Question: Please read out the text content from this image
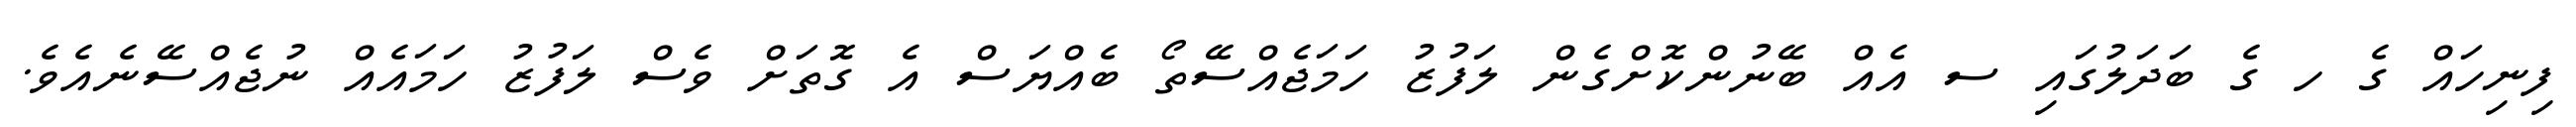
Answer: ފިނިހައް ގެ ހ ގެ ބަދަލުގައި ސ އެއް ބޭނުންކޮށްގެން ލަފުޒު ހަމަޖެއްސޭތޯ ބެއްޔަސް އެ ގޮތަށް ވެސް ލަފުޒު ހަމައެއް ނުޖެއްސޭނެއެވެ.